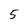
Character: 5